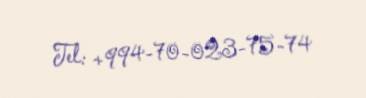
Tel: +994-70-023-75-74